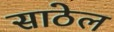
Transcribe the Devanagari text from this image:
साठेल